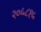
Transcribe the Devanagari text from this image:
२०५८१५